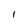
Character: I